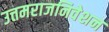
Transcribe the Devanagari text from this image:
उत्तमराजनिवेशन